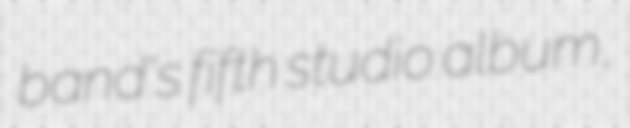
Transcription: band's fifth studio album,